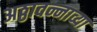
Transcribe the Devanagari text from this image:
अठ्ठावन्नाव्या